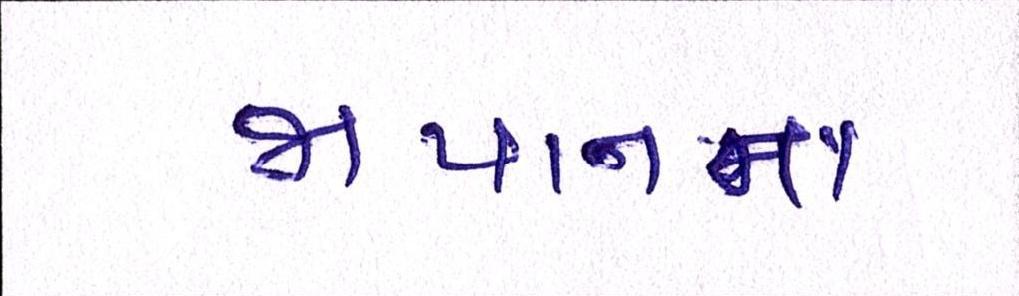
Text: જાપાનના